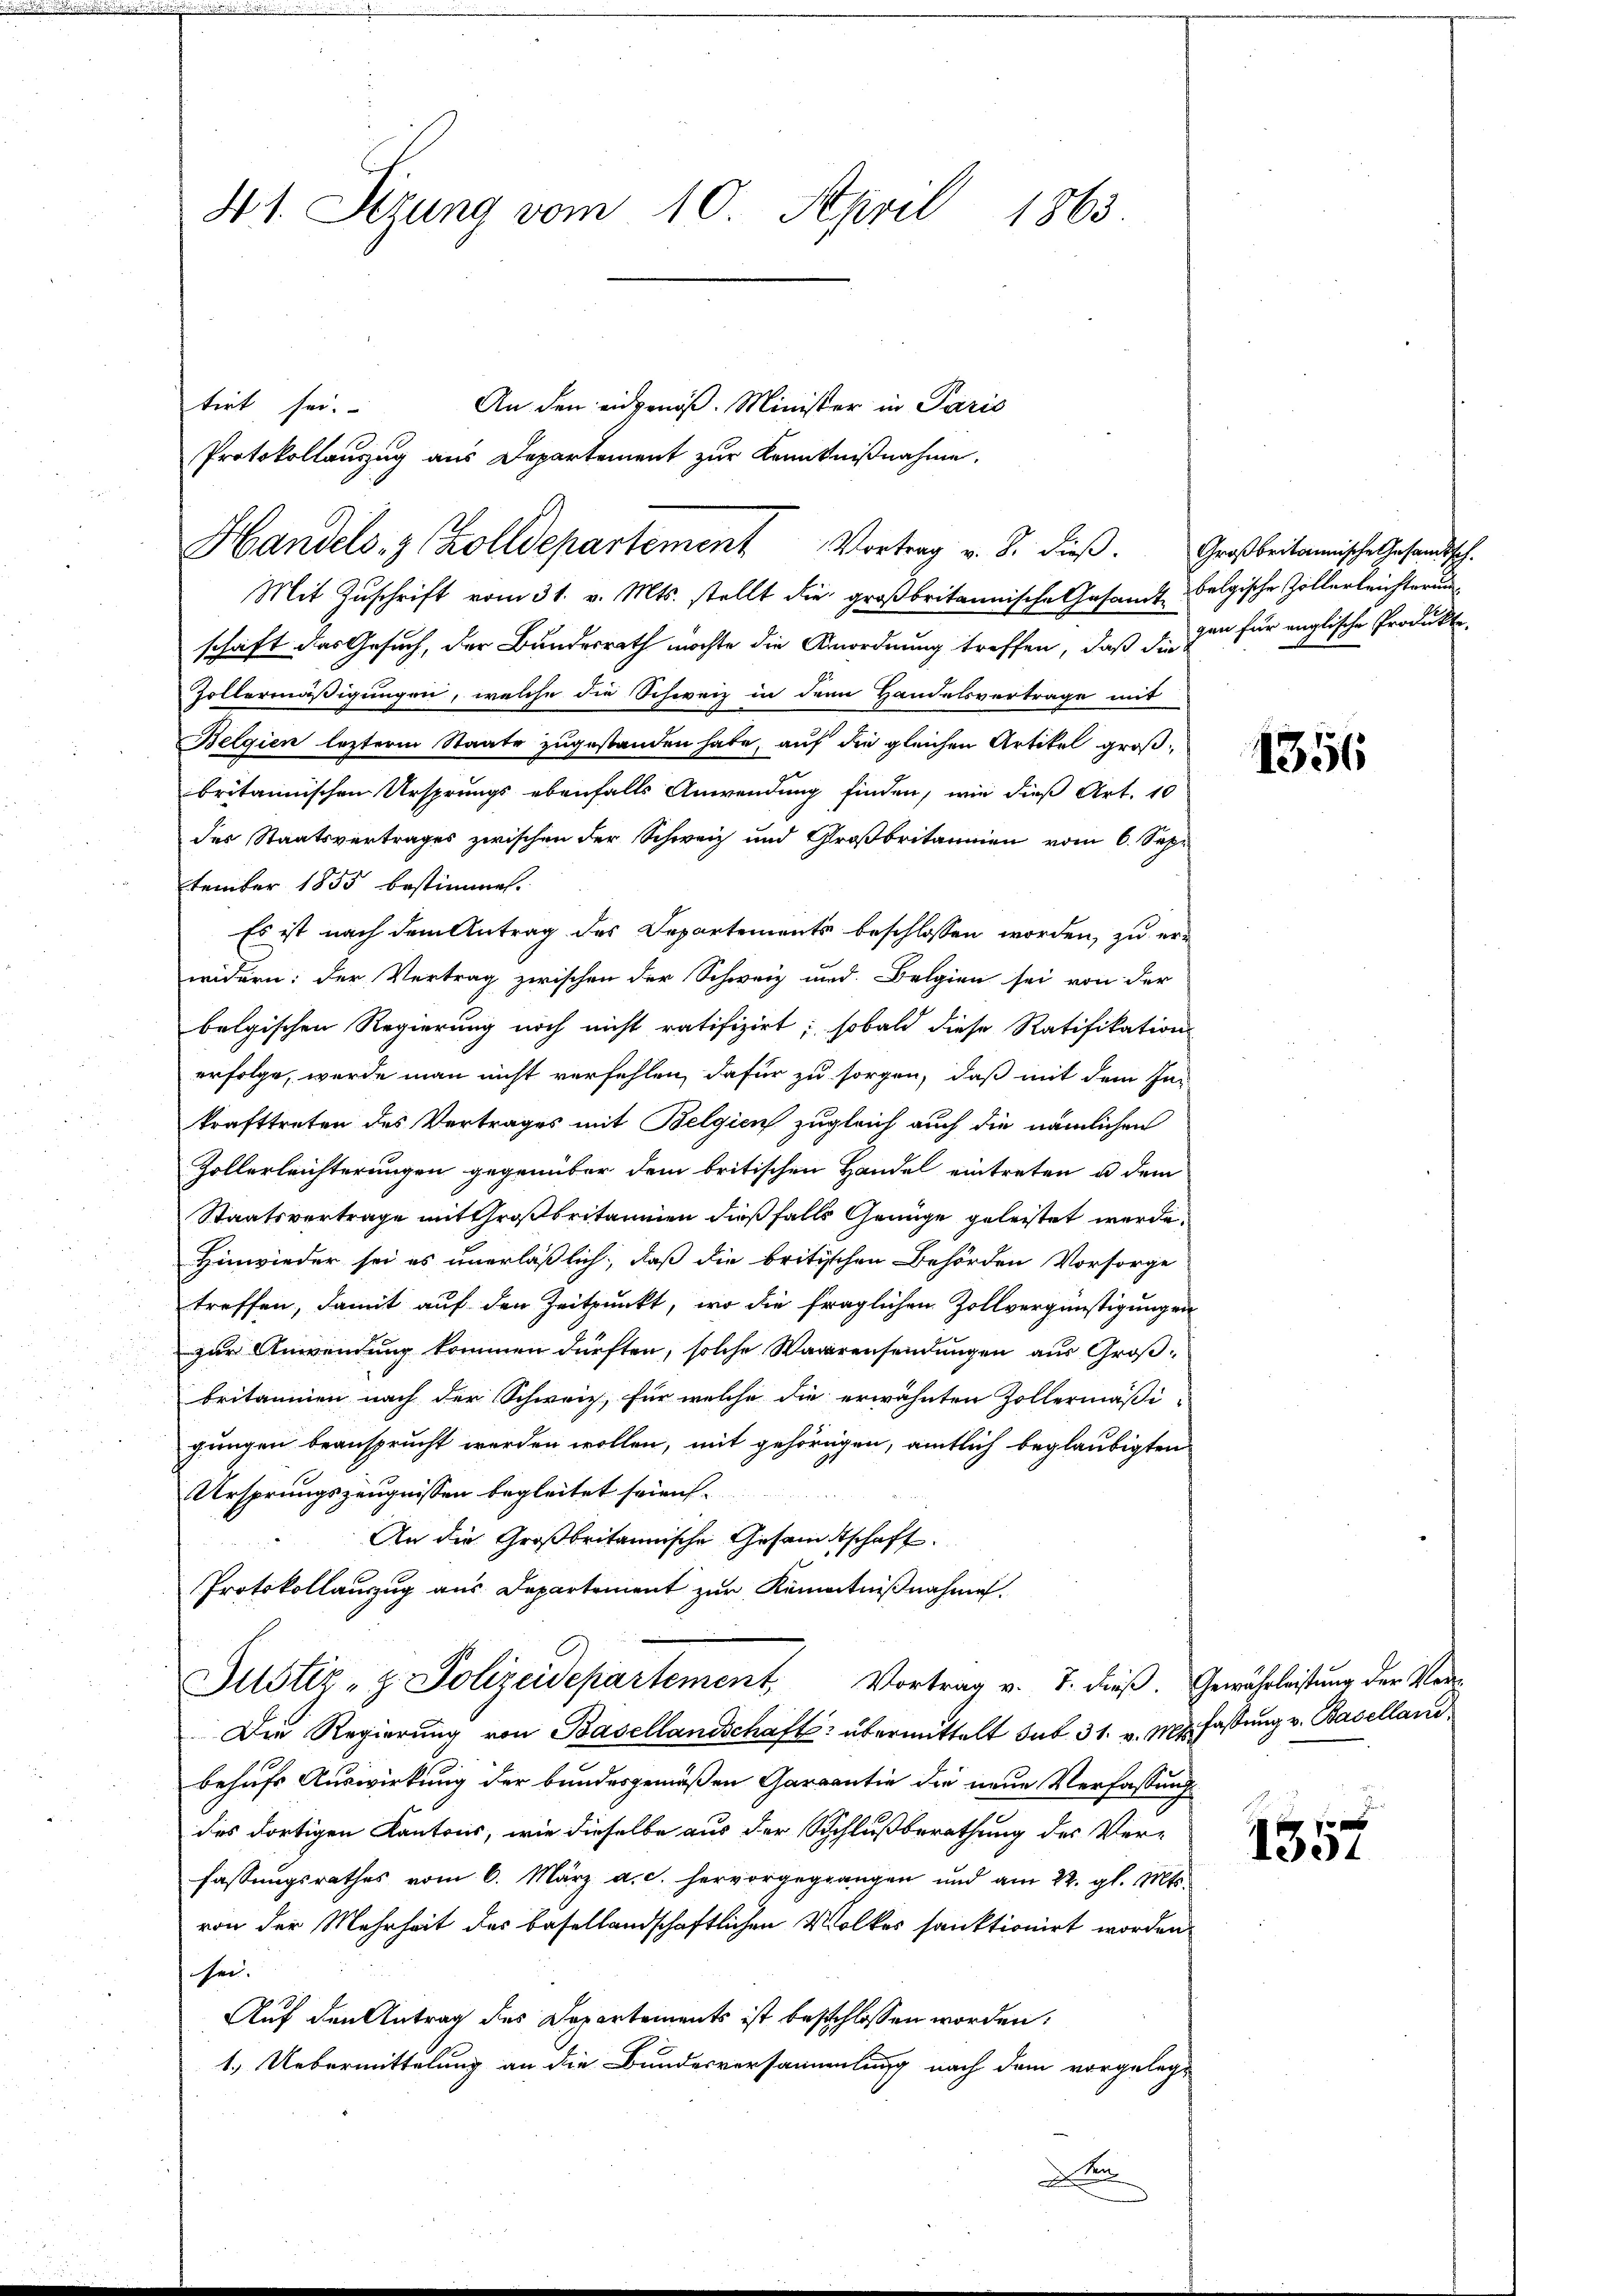
41. Sitzung vom 10. April 1863.

Handels- & Zolldepartement Vortrag v. 8. dieß. Großbritannische Gesandtsch.

tirt sei.

An den eidgenöß. Minister in Paris
Protokollauszug aus Departement zur Kenntnißnahme.

Mit Zuschrift vom 31. v. Mts. stellt die großbritannische Gesandt belgische Zöllerleichterun
schaft das Gesuch, der Bundesrath möchte die Anordnung treffen, daß die zu für englische Produkte
Zoltermäßigungen, welche die Schweiz in dem Handelsvertrage mit
Belgien lezterm Staate zugestanden habe, auf die gleichen Artikel großbritannischen Ursprungs ebenfalls Anwendung finden, wie dieß Art. 10
des Staatsvertrages zwischen der Schweiz und Großbritannien vom 6. Sept
tember 1855 bestimme.
Es ist nach dem Antrag des Departements beschlossen worden, zu erwidern: der Vertrag zwischen der Schweiz und Belgien sei von der
bolgischen Regierung noch nicht ratifizirt; sobald diese Ratifikations
erfolge, werde man nicht verfehlen, dafür zu sorgen, daß mit dem In-
krafttreten des Vertrages mit Belgien zugleich auch die nämlichen
Zollerleichterungen gegenüber dem britischen Handel eintreten u dem
Staatsvertrage mit Großbritannien dießfalls Genüge geleistet werde.
Hinwieder sei es unerläßlich, daß die britischen Behörden Vorsorge
treffen, damit auf den Zeitpunkt, wo die fraglichen Zollvergünstigungen
zur Anwendung kommen dürften, solche Waarensendungen aus Großbritannien nach der Schweiz, für welche die erwähnten Zollermäßi-
gungen beansprucht werden wollen, mit gehörigen, amtlich beglaubigten
Ursprungszeugnissen begleitet seien.
An die Großbritannische Gesandtschaft

Protokollauszug aus Departement zur Kenntnißnahme.
Justiz- & Polizeidepartement. Vortrag v. 7. dieß. Gewährleistung der Seren
Die Regierŭng von Basellandschafts- übermittelt sub. 31. v. M. Fassung v. Baselland
behufs Auswirkung der bundesgemäßen Garantie die neue Verfassung
des dortigen Kantons, wie dieselbe aus der Schlußberathung des Ver-
fassungsrathes vom 6. März a. c. hervorgegangen und am 22. gl. Mts.
von der Mehrheit des basellandschaftlichen Wolkes sanktionirt worden.
sei.
Auf den Antrag des Departements ist beschlossen worden:
1.) Uebermittelung an die Bundesversammlung nach dem vorgelegd sein

1356

1357